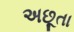
અછૂતા